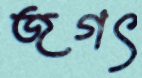
জগৎ